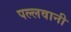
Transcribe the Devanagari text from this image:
पल्लवानी